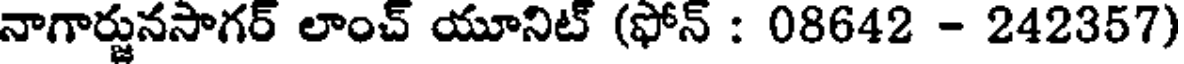
నాగార్జునసాగర్ లాంచ్ యూనిట్ (ఫోన్ : 08642 - 242357)